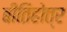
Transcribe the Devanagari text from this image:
बीतिहोत्र